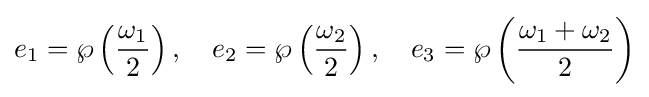
e_{1}=\wp \left({\frac {\omega _{1}}{2}}\right),\quad e_{2}=\wp \left({\frac {\omega _{2}}{2}}\right),\quad e_{3}=\wp \left({\frac {\omega _{1}+\omega _{2}}{2}}\right)